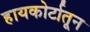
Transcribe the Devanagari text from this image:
हायकोर्टातून